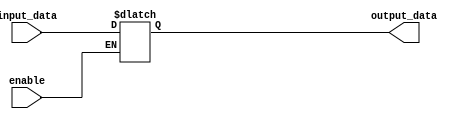
module register(
    input wire [1:0] input_data,
    input wire enable,
    output reg [1:0] output_data
);
    
    always @ (input_data) begin
        if(enable) begin
            output_data <= input_data;
        end
    end
    
endmodule